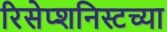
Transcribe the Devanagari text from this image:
रिसेप्शनिस्टच्या